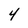
Character: 4